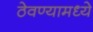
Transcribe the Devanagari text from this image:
ठेवण्यामध्ये